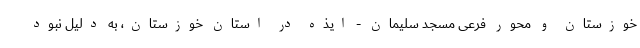
خوزستان و محور فرعی مسجد سلیمان - ایذه در استان خوزستان، به دلیل نبود